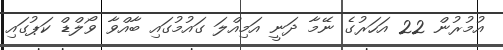
އުމުރުން 22 އަހަރުގެ ނޭމާ ދަނީ އަމިއްލަ ގައުމުގައި ބާއްވާ ވޯލްޑް ކަޕުގައި